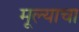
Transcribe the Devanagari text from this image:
मूल्याचा